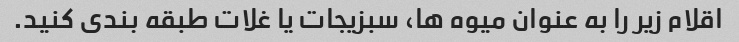
اقلام زیر را به عنوان میوه ها، سبزیجات یا غلات طبقه بندی کنید.